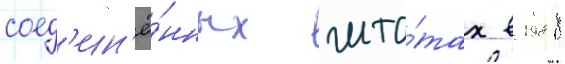
соед'ин'ё́нных шта́тах в 1988